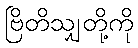
ဗြိတိသျှတို့ကို